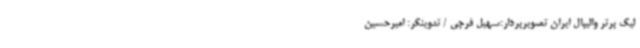
لیگ برتر والیبال ایران تصویربردار:‌سهیل فرجی / تدوینگر: امیرحسین